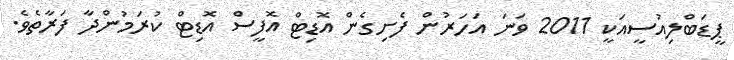
ޕީޑަބްލިއުސީއަކީ 2011 ވަނަ އަހަރުން ފެށިގެން އޮޑިޓް އޮފީސް އޮޑިޓް ކުރަމުންދާ ފަރާތެވެ.